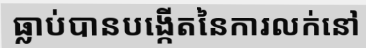
ធ្លាប់បានបង្កើតនៃការលក់នៅ